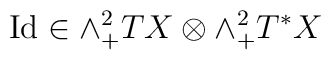
\mathrm{Id}\in\wedge^{2}_{+}TX\otimes\wedge^{2}_{+}T^{*}X